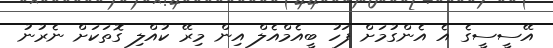
އޭސީސީގެ އެ އެންގުމަށް ފަހު ބީއެމްއެލް އިން މިރޭ ކުއްލި ގޮތަކަށް ނެރުނު